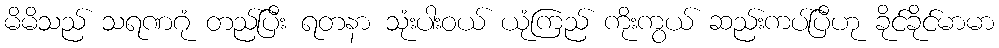
မိမိသည် သရဏဂုံ တည်ပြီး ရတနာ သုံးပါးဝယ် ယုံကြည် ကိုးကွယ် ဆည်းကပ်ပြီဟု ခိုင်ခိုင်မာမာ